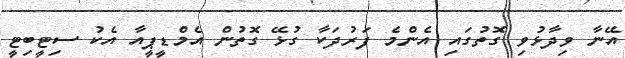
އޭނާ ވިދާޅުވި ގޮތުގައި އެންމެ ފަރުދަކާ ގުޅޭ ގޮތުން އެމްޑީޕީއާ އެކު ސިޓީބިޓީ